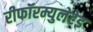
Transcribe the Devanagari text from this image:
रीफॉरम्युलेटेड